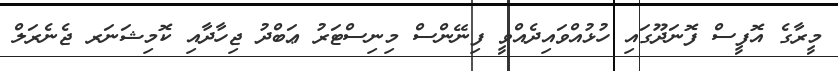
މީރާގެ އޮފީސް ފޮނަދޫގައި ހުޅުއްވައިދެއްވީ ފިނޭންސް މިނިސްޓަރު ޢަބްދު ޖިހާދާއި ކޮމިޝަނަރ ޖެނެރަލް